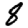
Digit: 8